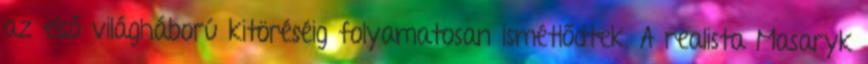
az első világháború kitöréséig folyamatosan ismétlődtek. A realista Masaryk